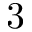
3